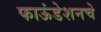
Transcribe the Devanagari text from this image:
फाऊंडेशनचे